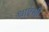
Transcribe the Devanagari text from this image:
धाएंसी